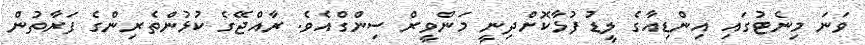
ވަނަ މިނެޓުގައި އިންޑިއާގެ ލީޑު ފުޅާކޮށްދިނީ މަންވީރް ސިންގްއެވެ. ރާއްޖޭގެ ކުޅުންތެރިންގެ ފަރާތުން